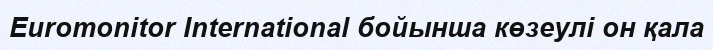
Euromonitor International бойынша көзеулі он қала